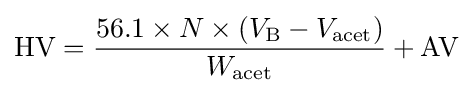
\mathrm {HV} ={\frac {56.1\times N\times (V_{\text{B}}-V_{\text{acet}})}{W_{\text{acet}}}}+\mathrm {AV}